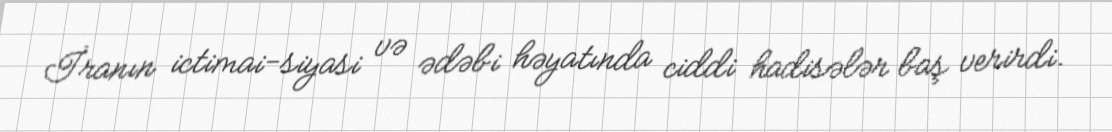
İranın ictimai-siyasi və ədəbi həyatında ciddi hadisələr baş verirdi.